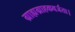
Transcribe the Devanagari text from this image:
ग्राह्यग्राहकवर्जता।